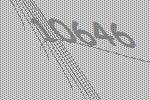
10646